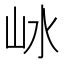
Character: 𡵰